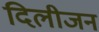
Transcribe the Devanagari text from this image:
दिलीजन